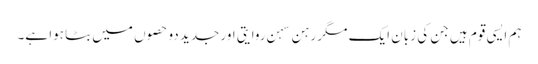
ہم ایسی قوم ہیں جن کی زبان ایک مگر رہن سہن روایتی اور جدید دو حصوں میں بٹا ہوا ہے۔